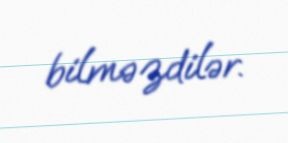
bilməzdilər.